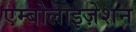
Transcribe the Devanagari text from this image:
एम्बोलाइज़ेशन